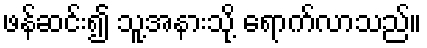
ဖန်ဆင်း၍ သူ့အနားသို့ ရောက်လာသည်။